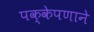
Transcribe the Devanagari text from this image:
पक्केपणाने